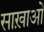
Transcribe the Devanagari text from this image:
साख़ाओं